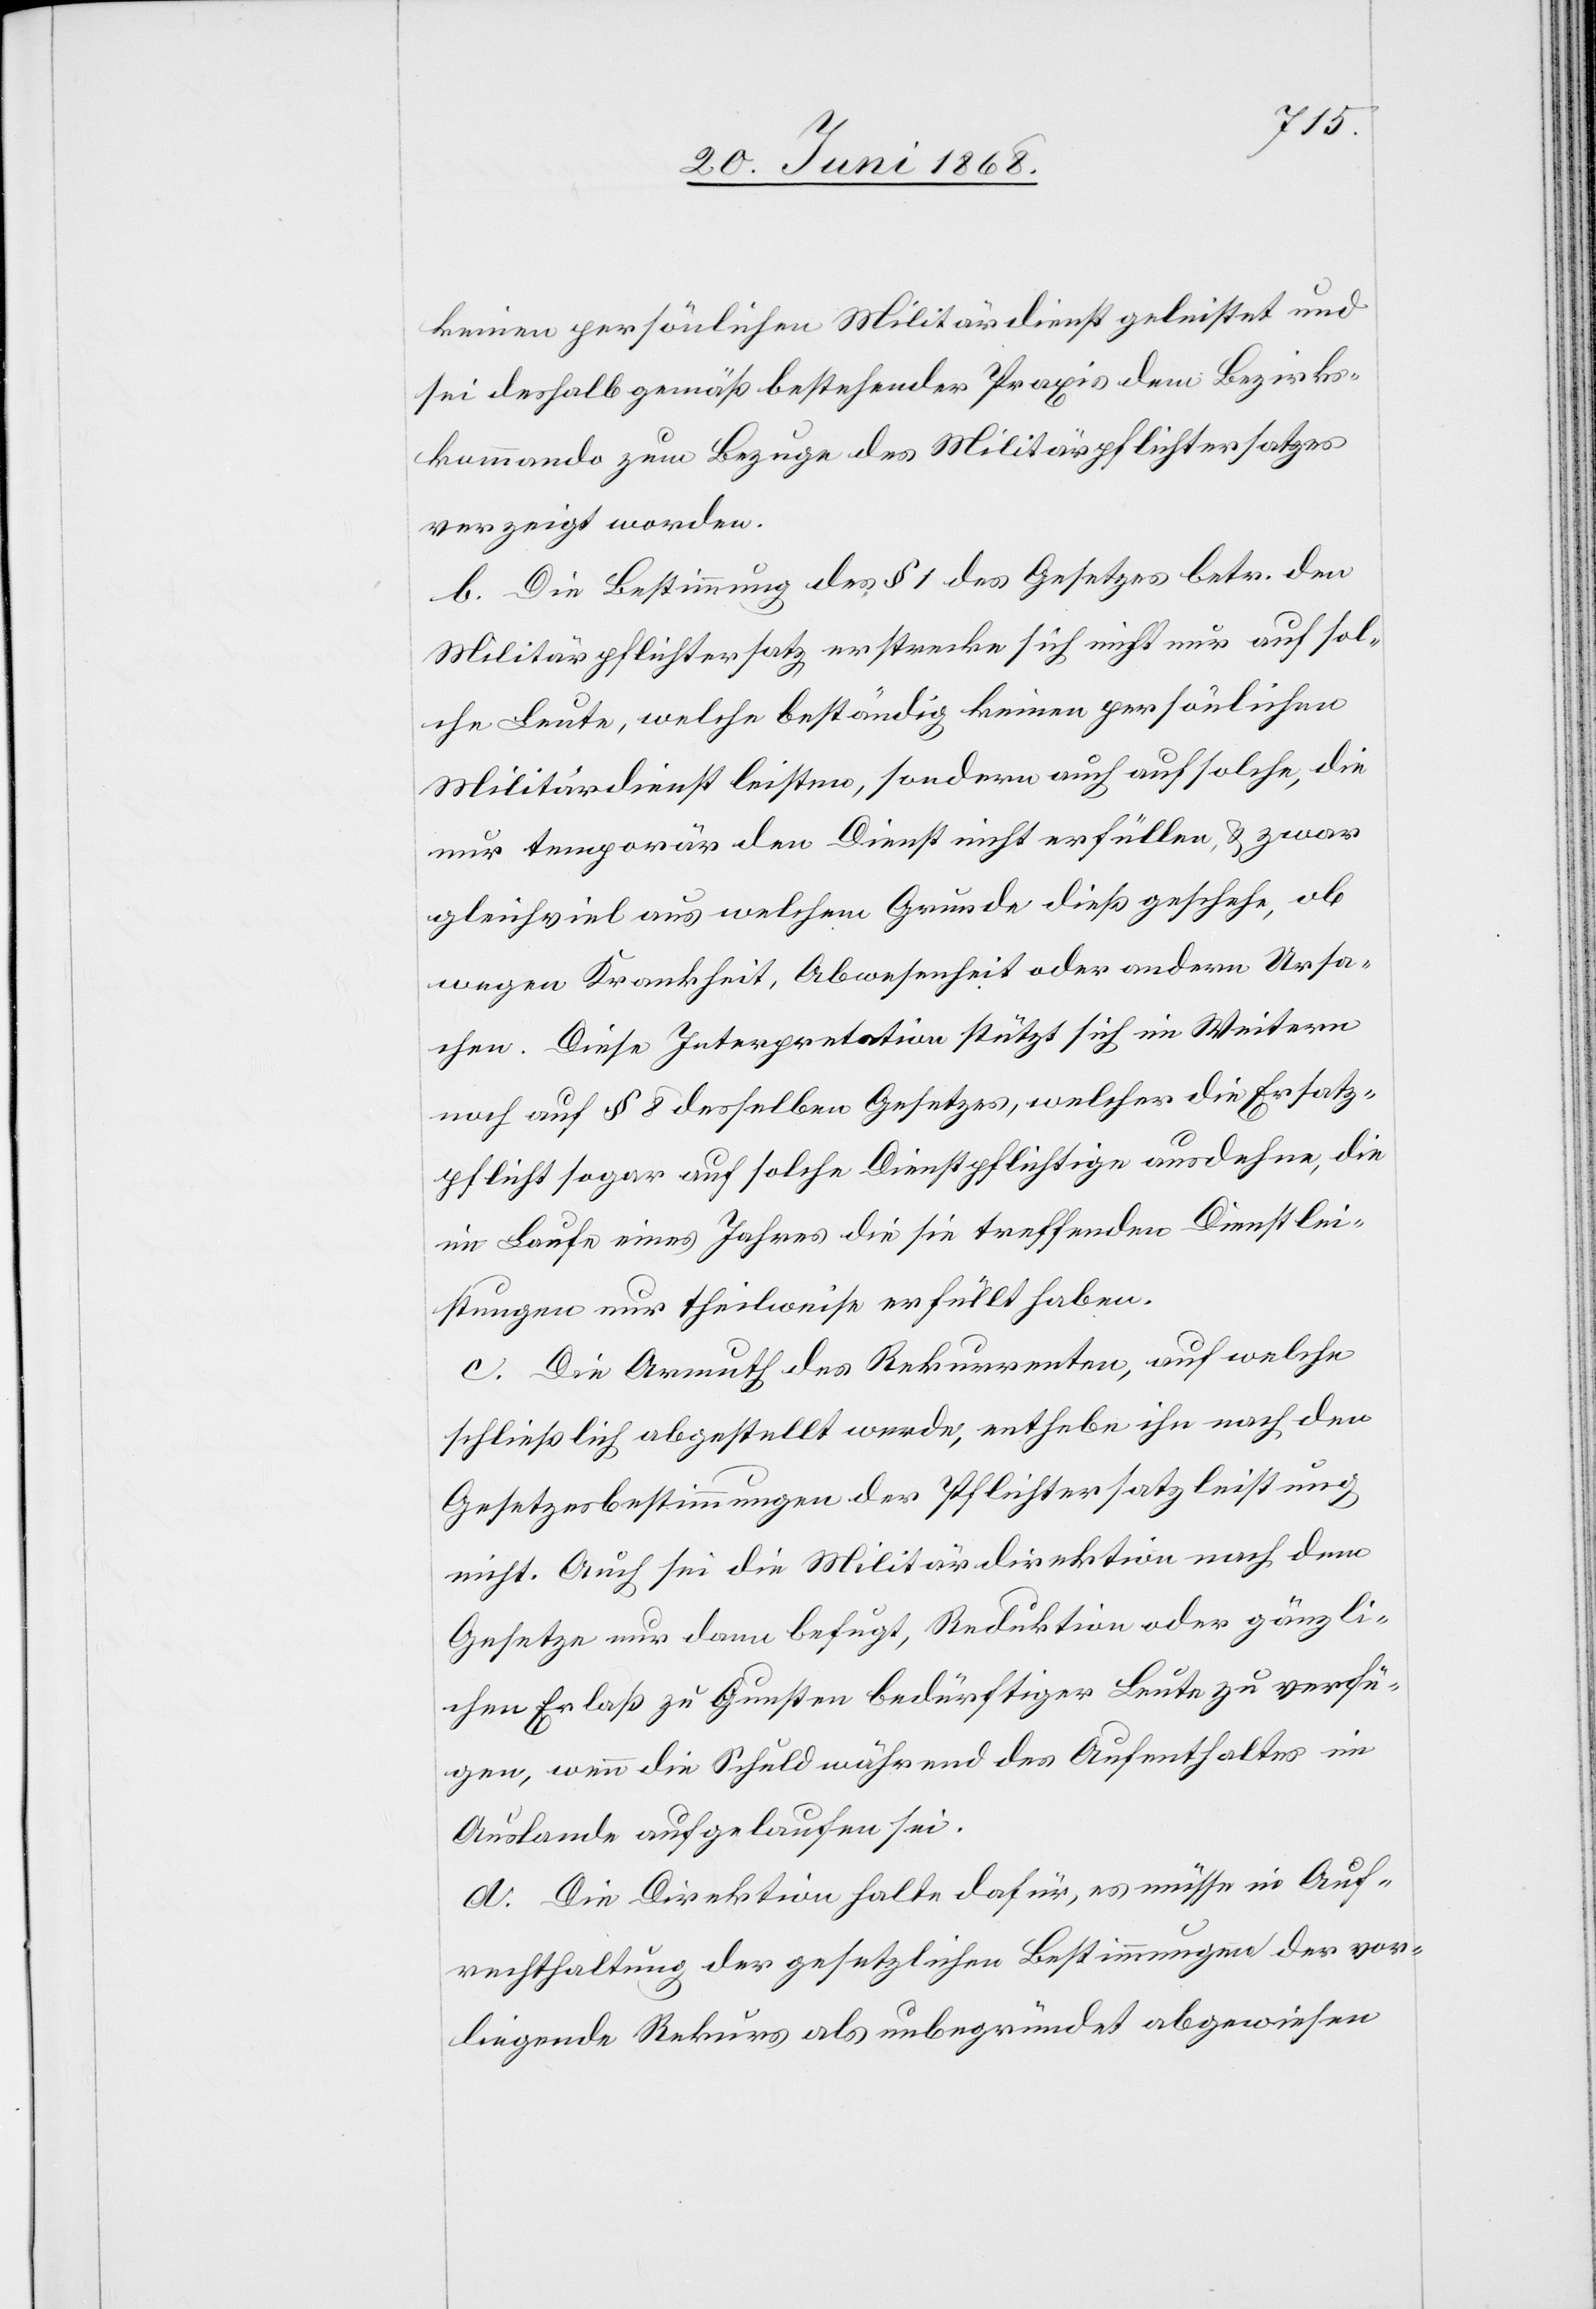
keinen persönlichen Militärdienst geleistet und
sei deshalb gemäß bestehender Praxis dem Bezirks¬
kommando zum Bezuge des Militärpflichtersatzes
verzeigt worden.
b. Die Bestimmung des § 1 des Gesetzes betr. den
Militärpflichtersatz erstrecke sich nicht nur auf sol¬
che Leute, welche beständig keinen persönlichen
Militärdienst leisten, sondern auch auf solche, die
nur temporär den Dienst nicht erfüllen, & zwar
gleichviel aus welchem Grunde dieß geschehe, ob
wegen Krankheit, Abwesenheit oder andern Ursa¬
chen. Diese Interpretation stützt sich im Weitern
noch auf § 8 desselben Gesetzes, welcher die Ersatz¬
pflicht sogar auf solche Dienstpflichtige ausdehne, die
im Laufe eines Jahres die sie treffenden Dienstlei¬
stungen nur theilweise erfüllt haben.
c. Die Armuth des Rekurrenten, auf welche
schließlich abgestellt werde, enthebe ihn nach den
Gesetzesbestimmungen der Pflichtersatzleistung
nicht. Auch sei die Militärdirektion nach dem
Gesetze nur dann befugt, Reduktion oder gänzli¬
chen Erlaß zu Gunsten bedürftiger Leute zu verfü¬
gen, wenn die Schuld während des Aufenthaltes im
Auslande aufgelaufen sei.
d. Die Direktion halte dafür, es müsse in Auf¬
rechthaltung der gesetzlichen Bestimmungen der vor¬
liegende Rekurs als unbegründet abgewiesen